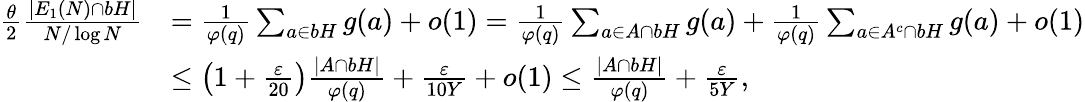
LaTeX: \begin{array}{rl}{\frac{\theta}{2}\frac{|E_{1}(N)\cap bH|}{N/\log N}}&{=\frac{1}{\varphi(q)}\sum_{a\in bH}g(a)+o(1)=\frac{1}{\varphi(q)}\sum_{a\in A\cap bH}g(a)+\frac{1}{\varphi(q)}\sum_{a\in A^{c}\cap bH}g(a)+o(1)}\\ &{\leq\left(1+\frac{\varepsilon}{20}\right)\frac{|A\cap bH|}{\varphi(q)}+\frac{\varepsilon}{10Y}+o(1)\leq\frac{|A\cap bH|}{\varphi(q)}+\frac{\varepsilon}{5Y},}\end{array}